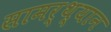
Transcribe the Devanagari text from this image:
सामर्थ्‍यान